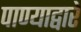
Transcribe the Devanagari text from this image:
पाण्याद्वारे